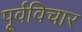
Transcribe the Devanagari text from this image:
पूर्वविचार